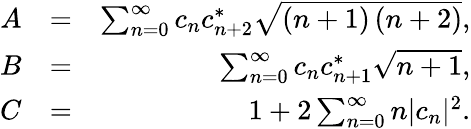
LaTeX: \begin{array}{rlr}{A}&{=}&{\sum_{n=0}^{\infty}c_{n}c_{n+2}^{*}\sqrt{\left(n+1\right)\left(n+2\right)},}\\ {B}&{=}&{\sum_{n=0}^{\infty}c_{n}c_{n+1}^{*}\sqrt{n+1},}\\ {C}&{=}&{1+2\sum_{n=0}^{\infty}n|c_{n}|^{2}.}\end{array}